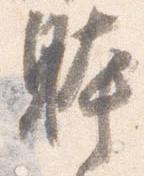
躰